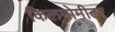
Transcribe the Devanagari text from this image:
किलमोमीटर